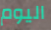
اليوم